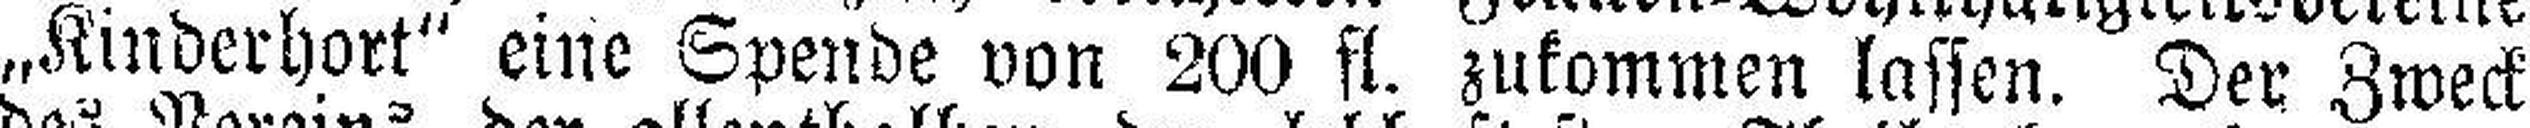
„Kinderhort“ eine Spende von 200 fl. zukommen lassen. Der Zweck